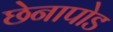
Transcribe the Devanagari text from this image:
छेनापोड